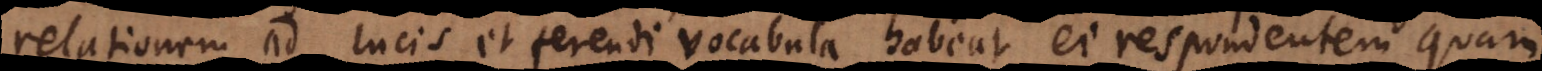
relationem ad lucis et ferendi vocabula habeat ei respondentem quam